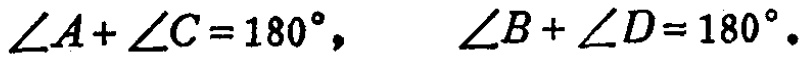
\(\angle A+\angle C = 180^{\circ},\ \ \ \angle B+\angle D = 180^{\circ}.\)